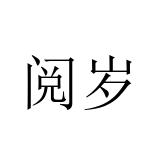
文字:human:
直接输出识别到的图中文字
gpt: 阅岁